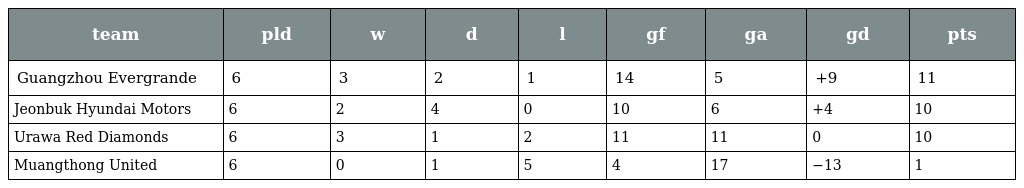
| team | pld | w | d | l | gf | ga | gd | pts |
 | --- | --- | --- | --- | --- | --- | --- | --- | --- |
 | Guangzhou Evergrande | 6 | 3 | 2 | 1 | 14 | 5 | +9 | 11 |
 | Jeonbuk Hyundai Motors | 6 | 2 | 4 | 0 | 10 | 6 | +4 | 10 |
 | Urawa Red Diamonds | 6 | 3 | 1 | 2 | 11 | 11 | 0 | 10 |
 | Muangthong United | 6 | 0 | 1 | 5 | 4 | 17 | −13 | 1 |